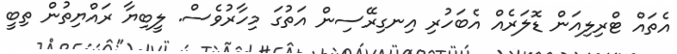
އެތައް ޓްރިލިއަން ޑޮލަރެއް އެބަހުރި އިނގިރޭސިން އަތުގަ މިހާރުވެސް. ލީބިޔާ ރައްޔިތުން ތިބީ